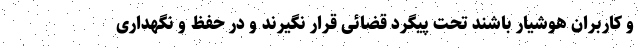
و کاربران هوشیار باشند تحت پیگرد قضائی قرار نگیرند و در حفظ و نگهداری